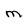
Character: M